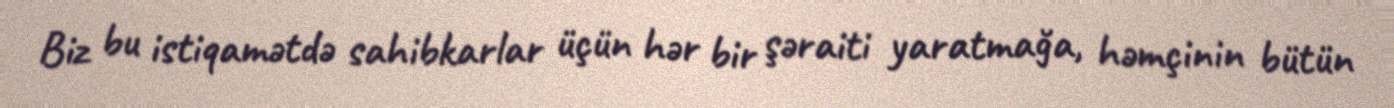
Biz bu istiqamətdə sahibkarlar üçün hər bir şəraiti yaratmağa, həmçinin bütün